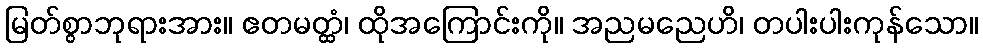
မြတ်စွာဘုရားအား။ ဧတမတ္ထံ၊ ထိုအကြောင်းကို။ အညမညေဟိ၊ တပါးပါးကုန်သော။